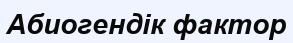
Абиогендік фактор